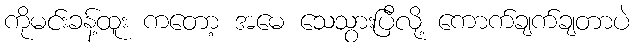
ကိုမင်းခန့်ထူး ကတော့ အမေ သေသွားပြီလို့ ကောက်ချက်ချတာပဲ